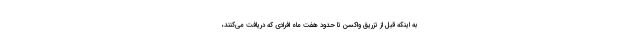
به اینکه قبل از تزریق واکسن تا حدود هفت ماه افرادی که دریافت می‌کنند،